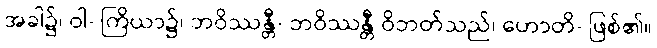
အခါ၌၊ ဝါ- ကြိယာ၌၊ ဘဝိဿန္တီ- ဘဝိဿန္တီ ဝိဘတ်သည်၊ ဟောတိ- ဖြစ်၏။